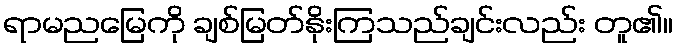
ရာမညမြေကို ချစ်မြတ်နိုးကြသည်ချင်းလည်း တူ၏။